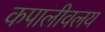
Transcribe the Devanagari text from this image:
कपालीवलय